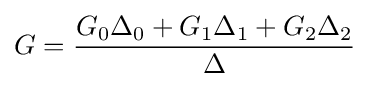
G={\frac {G_{0}\Delta _{0}+G_{1}\Delta _{1}+G_{2}\Delta _{2}}{\Delta }}